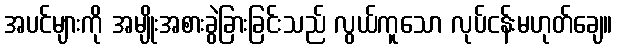
အပင်များကို အမျိုးအစားခွဲခြားခြင်းသည် လွယ်ကူသော လုပ်ငန်းမဟုတ်ချေ။